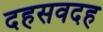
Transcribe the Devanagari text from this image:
दहसवदह